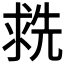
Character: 𬇶